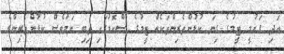
އަދި ގައުމީ ޓީމުގެ ގިނަ ކުޅުންތެރިންތަކެއް ޓީމުގެ ސްކޮޑުގައި ތިބި ނަމަވެސް ކުޅުންތެރިންގެ